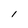
Character: I